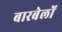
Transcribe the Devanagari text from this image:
बारबेलों